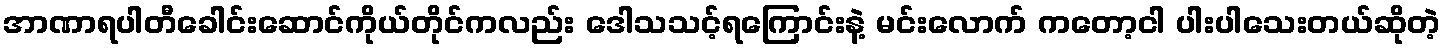
အာဏာရပါတီခေါင်းဆောင်ကိုယ်တိုင်ကလည်း ဒေါသသင့်ရကြောင်းနဲ့ မင်းလောက် ကတော့ငါ ပါးပါသေးတယ်ဆိုတဲ့